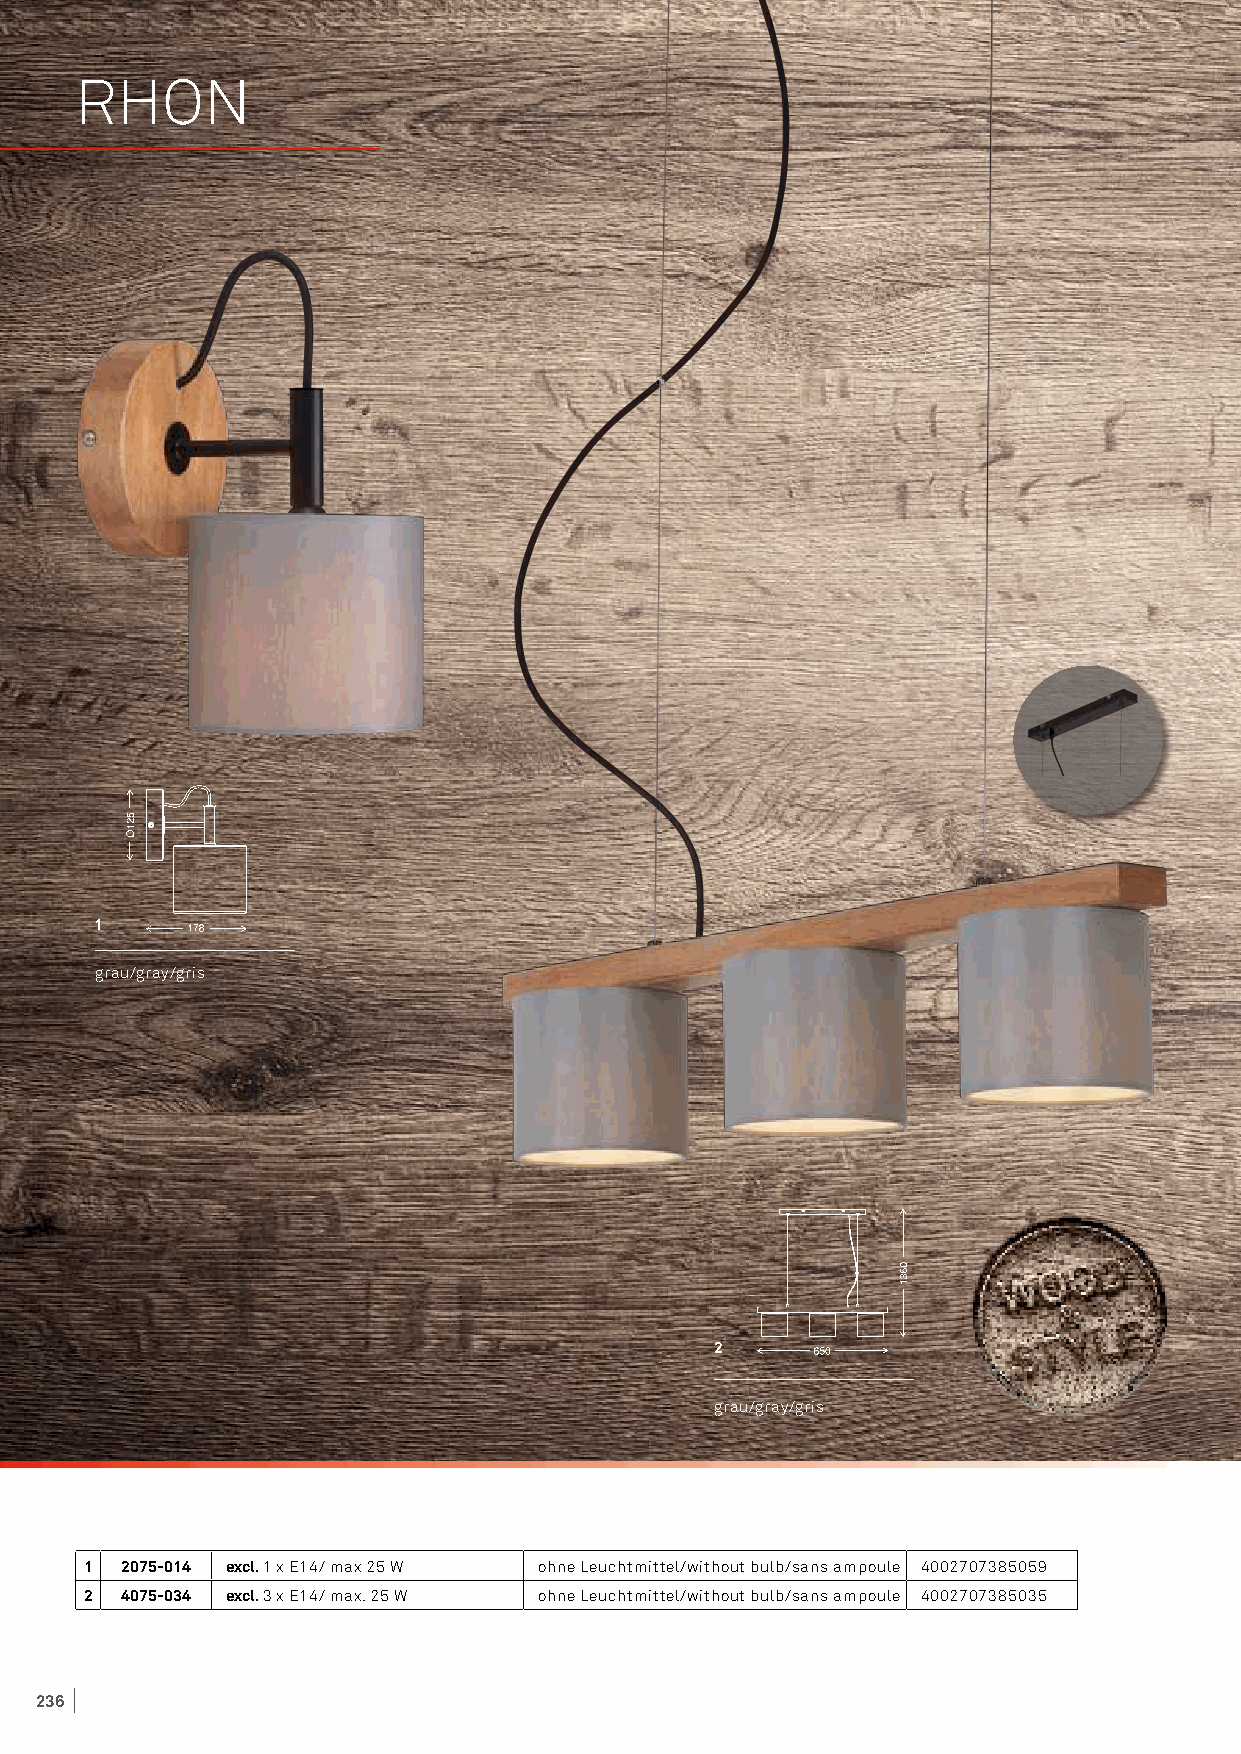
RHON
 1
 grau/gray/gris
 2
 grau/gray/gris
 1 2075-014 excl. 1 x E14/ max 25 W ohne Leuchtmittel/without bulb/sans ampoule 4002707385059
 2 4075-034 excl. 3 x E14/ max. 25 W ohne Leuchtmittel/without bulb/sans ampoule 4002707385035
 236